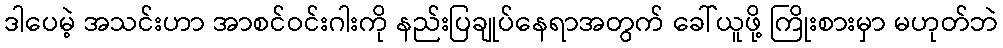
ဒါပေမဲ့ အသင်းဟာ အာစင်ဝင်းဂါးကို နည်းပြချုပ်နေရာအတွက် ခေါ်ယူဖို့ ကြိုးစားမှာ မဟုတ်ဘဲ